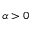
\alpha > 0